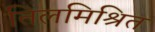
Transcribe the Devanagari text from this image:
तिलमिश्रित